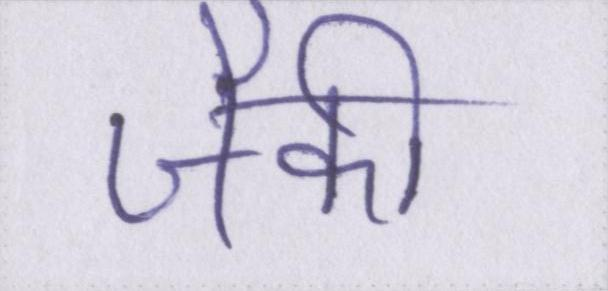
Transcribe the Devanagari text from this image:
जैकी